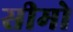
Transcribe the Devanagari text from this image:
सीमो